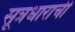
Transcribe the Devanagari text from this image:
सूत्रधाराची